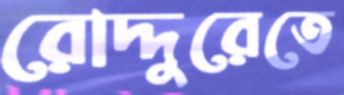
রোদ্দুরেতে